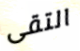
التقى